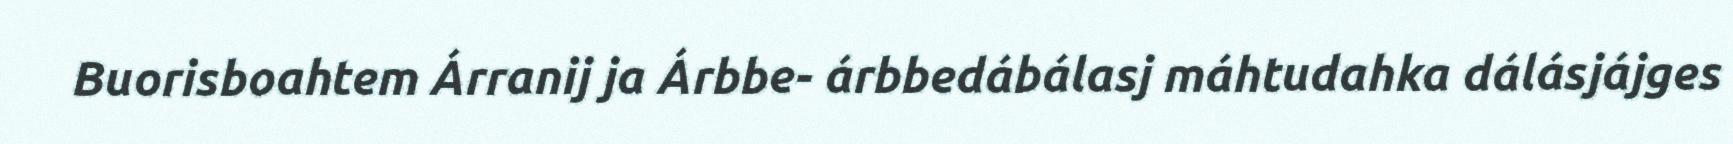
Buorisboahtem Árranij ja Árbbe- árbbedábálasj máhtudahka dálásjájges